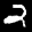
Digit: 2